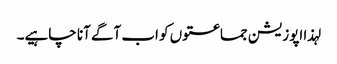
لہذا اپوزیشن جماعتوں کو اب آگے آنا چاہیے۔